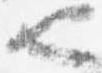
也